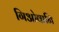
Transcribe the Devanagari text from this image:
गिओवानि